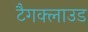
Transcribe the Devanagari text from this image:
टैगक्लाउड